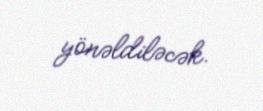
yönəldiləcək.